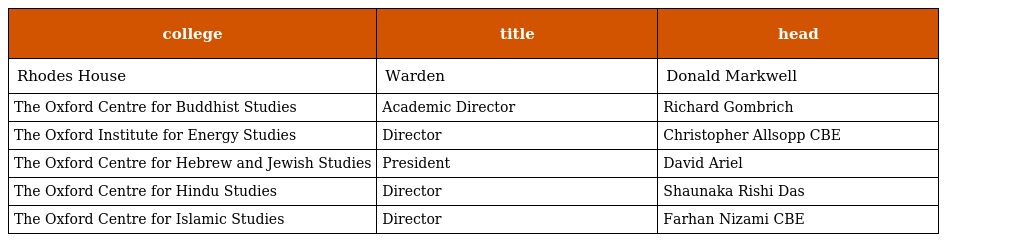
| college | title | head |
 | --- | --- | --- |
 | Rhodes House | Warden | Donald Markwell |
 | The Oxford Centre for Buddhist Studies | Academic Director | Richard Gombrich |
 | The Oxford Institute for Energy Studies | Director | Christopher Allsopp CBE |
 | The Oxford Centre for Hebrew and Jewish Studies | President | David Ariel |
 | The Oxford Centre for Hindu Studies | Director | Shaunaka Rishi Das |
 | The Oxford Centre for Islamic Studies | Director | Farhan Nizami CBE |